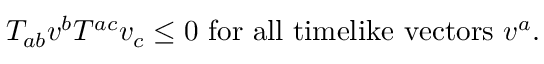
T _ { a b } v ^ { b } T ^ { a c } v _ { c } \leq 0 \mathrm { ~ f o r ~ a l l ~ t i m e l i k e ~ v e c t o r s ~ } v ^ { a } .